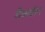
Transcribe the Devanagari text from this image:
मैकब्रीन